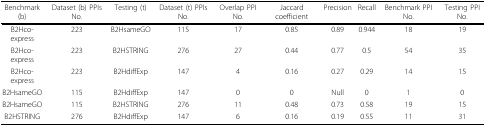
<table><thead><tr><td><b>Benchmark (b)</b></td><td><b>Dataset (b) PPIs No.</b></td><td><b>Testing (t)</b></td><td><b>Dataset (t) PPIs No.</b></td><td><b>Overlap PPI No.</b></td><td><b>Jaccard coefficient</b></td><td><b>Precision</b></td><td><b>Recall</b></td><td><b>Benchmark PPI No.</b></td><td><b>Testing PPI No.</b></td></tr></thead><tbody><tr><td>B2Hco-express</td><td>223</td><td>B2HsameGO</td><td>115</td><td>17</td><td>0.85</td><td>0.89</td><td>0.944</td><td>18</td><td>19</td></tr><tr><td>B2Hco-express</td><td>223</td><td>B2HSTRING</td><td>276</td><td>27</td><td>0.44</td><td>0.77</td><td>0.5</td><td>54</td><td>35</td></tr><tr><td>B2Hco-express</td><td>223</td><td>B2HdiffExp</td><td>147</td><td>4</td><td>0.16</td><td>0.27</td><td>0.29</td><td>14</td><td>15</td></tr><tr><td>B2HsameGO</td><td>115</td><td>B2HdiffExp</td><td>147</td><td>0</td><td>0</td><td>Null</td><td>0</td><td>1</td><td>0</td></tr><tr><td>B2HsameGO</td><td>115</td><td>B2HSTRING</td><td>276</td><td>11</td><td>0.48</td><td>0.73</td><td>0.58</td><td>19</td><td>15</td></tr><tr><td>B2HSTRING</td><td>276</td><td>B2HdiffExp</td><td>147</td><td>6</td><td>0.16</td><td>0.19</td><td>0.55</td><td>11</td><td>31</td></tr></tbody></table>